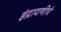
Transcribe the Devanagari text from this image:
इंद्रायणीचे